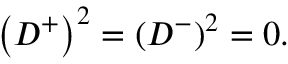
\left( D ^ { + } \right) ^ { 2 } = \left( D ^ { - } \right) ^ { 2 } = 0 .